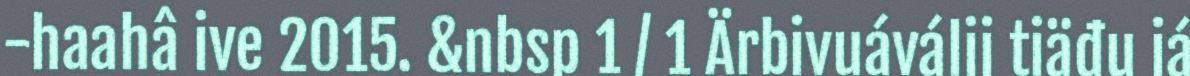
-haahâ ive 2015. &nbsp 1 / 1 Ärbivuáválij tiäđu já